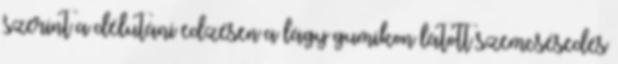
szerint a délutáni edzésen a lágy gumikon látott szemcsésedés